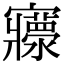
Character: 𡬄